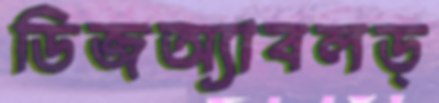
ডিজঅ্যাবলড্